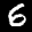
Label: 6